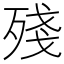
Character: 殘